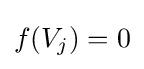
f(V_{j})=0